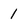
Character: 1